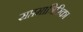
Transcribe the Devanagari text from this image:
सप्तमात्रिरिका